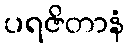
ပရဇိတာနံ